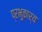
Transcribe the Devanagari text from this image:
प्रभुकार्य